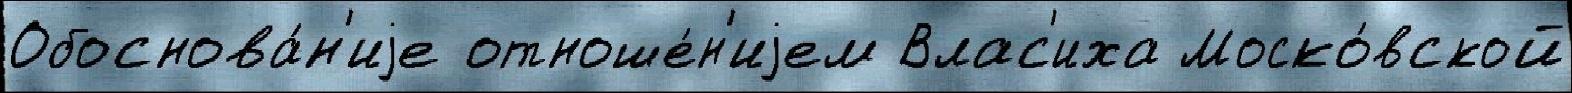
Обоснова́н'иjе отноше́н'иjем Влас'иха Моско́вской